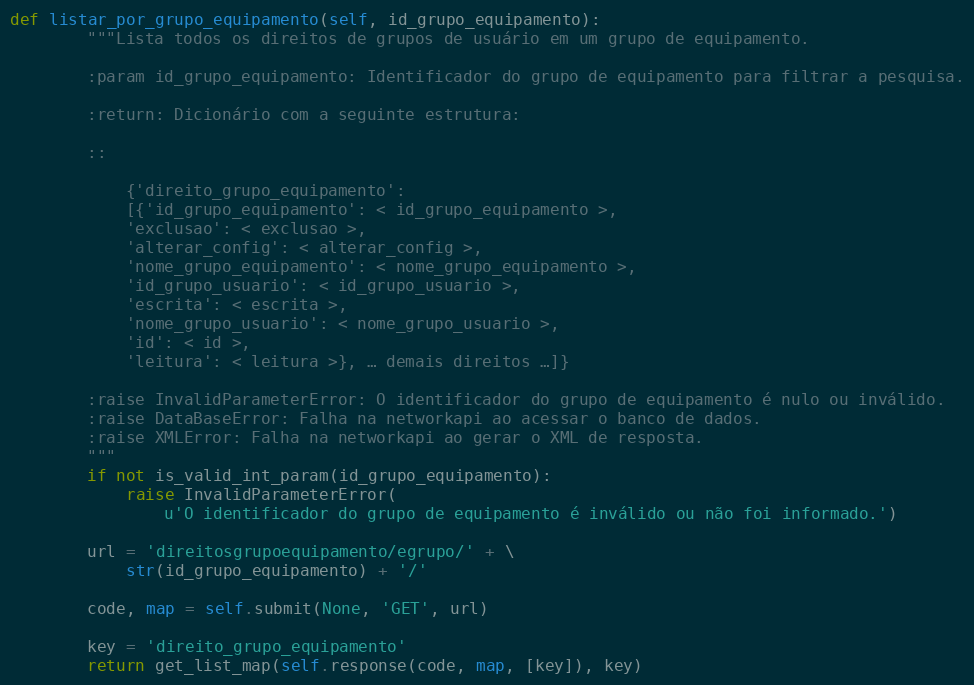
Language: Python
def listar_por_grupo_equipamento(self, id_grupo_equipamento):
        """Lista todos os direitos de grupos de usuário em um grupo de equipamento.

        :param id_grupo_equipamento: Identificador do grupo de equipamento para filtrar a pesquisa.

        :return: Dicionário com a seguinte estrutura:

        ::

            {'direito_grupo_equipamento':
            [{'id_grupo_equipamento': < id_grupo_equipamento >,
            'exclusao': < exclusao >,
            'alterar_config': < alterar_config >,
            'nome_grupo_equipamento': < nome_grupo_equipamento >,
            'id_grupo_usuario': < id_grupo_usuario >,
            'escrita': < escrita >,
            'nome_grupo_usuario': < nome_grupo_usuario >,
            'id': < id >,
            'leitura': < leitura >}, … demais direitos …]}

        :raise InvalidParameterError: O identificador do grupo de equipamento é nulo ou inválido.
        :raise DataBaseError: Falha na networkapi ao acessar o banco de dados.
        :raise XMLError: Falha na networkapi ao gerar o XML de resposta.
        """
        if not is_valid_int_param(id_grupo_equipamento):
            raise InvalidParameterError(
                u'O identificador do grupo de equipamento é inválido ou não foi informado.')

        url = 'direitosgrupoequipamento/egrupo/' + \
            str(id_grupo_equipamento) + '/'

        code, map = self.submit(None, 'GET', url)

        key = 'direito_grupo_equipamento'
        return get_list_map(self.response(code, map, [key]), key)